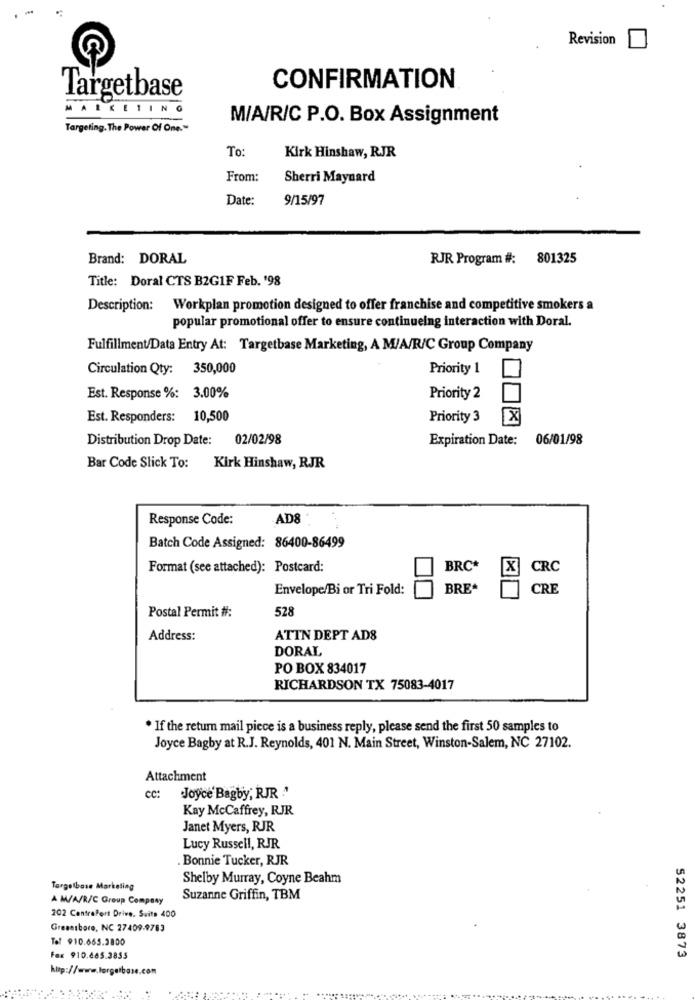
Revision
Targetbase
CONFIRMATION
MARKETIN
M/A/R/C P.O. Box Assignment
Targeting. The Power Of One."
To:
Kirk Hinshaw, RJR
From:
Sherri Maynard
Date:
9/15/97
Brand: DORAL
RJR Program #: 801325
Title: Doral CTS B2G1F Feb. '98
Description: Workplan promotion designed to offer franchise and competitive smokers a
popular promotional offer to ensure continueing interaction with Doral.
Fulfillment/Data Entry At: Targetbase Marketing, A M/A/R/C Group Company
Circulation Qty: 350,000
Priority 1
Est. Response %: 3.00%
Priority 2
Est. Responders: 10,500
Priority 3
X
Distribution Drop Date:
02/02/98
Expiration Date:
06/01/98
Bar Code Slick To:
Kirk Hinshaw, RJR
Response Code:
AD8
Batch Code Assigned: 86400-86499
Format (see attached): Postcard:
BRC*
CRC
Envelope/Bi or Tri Fold:
BRE+
CRE
Postal Permit #:
528
Address:
ATTN DEPT ADS
DORAL
PO BOX 834017
RICHARDSON TX 75083-4017
* If the return mail piece is a business reply, please send the first 50 samples to
Joyce Bagby at R.J. Reynolds, 401 N. Main Street, Winston-Salem, NC 27102.
Attachment
cc:
Joyce'Bagby, RJR ."
Kay McCaffrey, RJR
Janet Myers, RJR
Lucy Russell, RJR
Bonnie Tucker, RJR
Shelby Murray, Coyne Beahm
Targetbase Marketing
A M/A/R/C Group Company
Suzanne Griffin, TBM
202 CentraPert Drive, Suite 400
Greensboro, NC 27409-9763
Tof 910.665.3800
Fax 910.485.3855
52251 3873
http://www.forgetbase.com
....